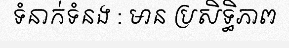
ទំនាក់ទំនង : មាន ប្រសិទ្ធិភាព